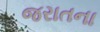
જરાતના